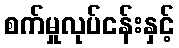
စက်မှုလုပ်ငန်းနှင့်